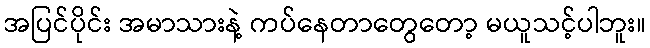
အပြင်ပိုင်း အမာသားနဲ့ ကပ်နေတာတွေတော့ မယူသင့်ပါဘူး။